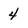
Character: 4